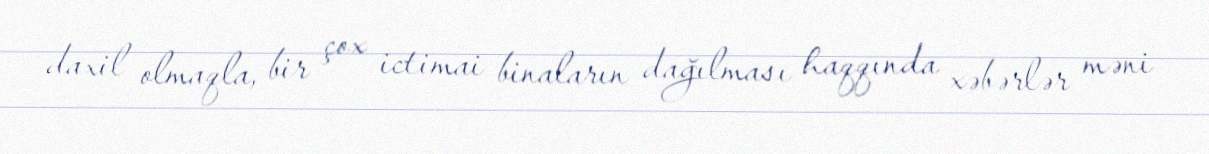
daxil olmaqla, bir çox ictimai binaların dağılması haqqında xəbərlər məni